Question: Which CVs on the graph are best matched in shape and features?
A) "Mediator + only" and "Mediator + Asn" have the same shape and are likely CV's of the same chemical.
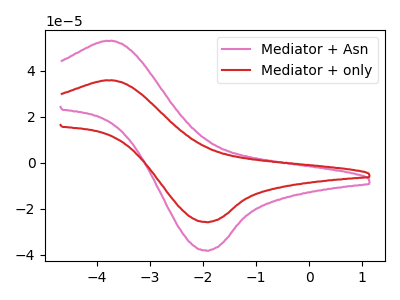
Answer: <think>The pink curve "Mediator + Asn" has an anodic peak at (-3.80V, 52.85uA) and a cathodic peak at (-1.95V, -38.25uA). The red curve "Mediator + only" has an anodic peak at (-3.80V, 35.75uA) and a cathodic peak at (-1.95V, -25.85uA).
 All the peaks in "Mediator + Asn" have a peak in "Mediator + only" at the same potential. Every peak in "Mediator + Asn" is higher than every peak in "Mediator + only".</think>
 <answer>A) "Mediator + only" and "Mediator + Asn" have the same shape and are likely CV's of the same chemical.</answer>
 <eval>A</eval>